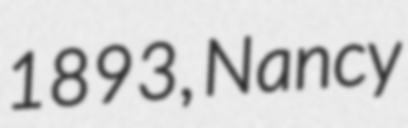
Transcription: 1893, Nancy